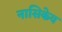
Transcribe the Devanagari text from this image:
नासिकेव